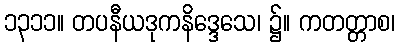
၁၃၁၁။ တပနီယဒုကနိဒ္ဒေသေ၊ ၌။ ကတတ္တာစ၊